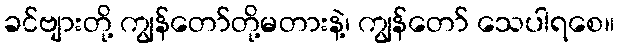
ခင်ဗျားတို့ ကျွန်တော်တို့မတားနဲ့၊ ကျွန်တော် သေပါရစေ။